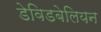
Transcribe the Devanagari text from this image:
डेविडबेलियन